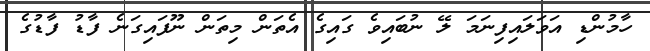
ހާމުންޑި އަވަލައިފިނަމަ ލޭ ނުބައިވެ ގައިގެ އެތަން މިތަން ނޫފައިގަނެ ފާޑު ފާޑުގެ